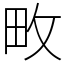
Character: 畋